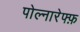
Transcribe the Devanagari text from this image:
पोल्नारेफ्फ़